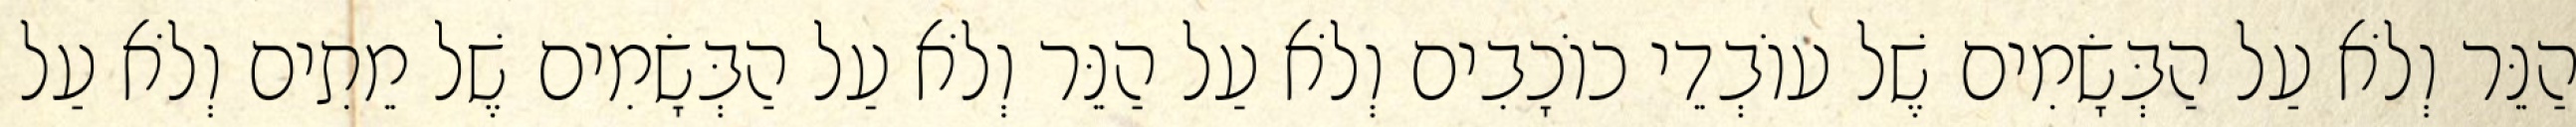
הַנֵּר וְלֹא עַל הַבְּשָׂמִים שֶׁל עוֹבְדֵי כוֹכָבִים וְלֹא עַל הַנֵּר וְלֹא עַל הַבְּשָׂמִים שֶׁל מֵתִים וְלֹא עַל